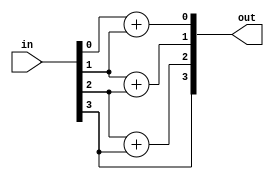
`timescale 1ns / 1ps
//////////////////////////////////////////////////////////////////////////////////
// Company: Self
// 
// Design Name: 
// Module Name: bnry_graycode
// Project Name: 
// Target Devices: 
// Tool Versions: 
// Description: 
// Binary to gray code convertor
// Dependencies: 
// 
// Revision:
// Revision 0.01 - File Created
// Additional Comments:
// 
//////////////////////////////////////////////////////////////////////////////////


module bnry_graycode #(parameter SIZE = 4)(in,out);
input [SIZE - 1: 0] in;
output [SIZE - 1: 0] out;

genvar i;
generate
 for( i = 0; i < SIZE - 1; i = i + 1)
  begin
   assign out[i] = in[i] + in[i + 1];
  end
endgenerate

assign out[SIZE - 1] = in[SIZE - 1];
endmodule